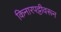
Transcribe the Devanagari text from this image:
किनारपट्टीवरून